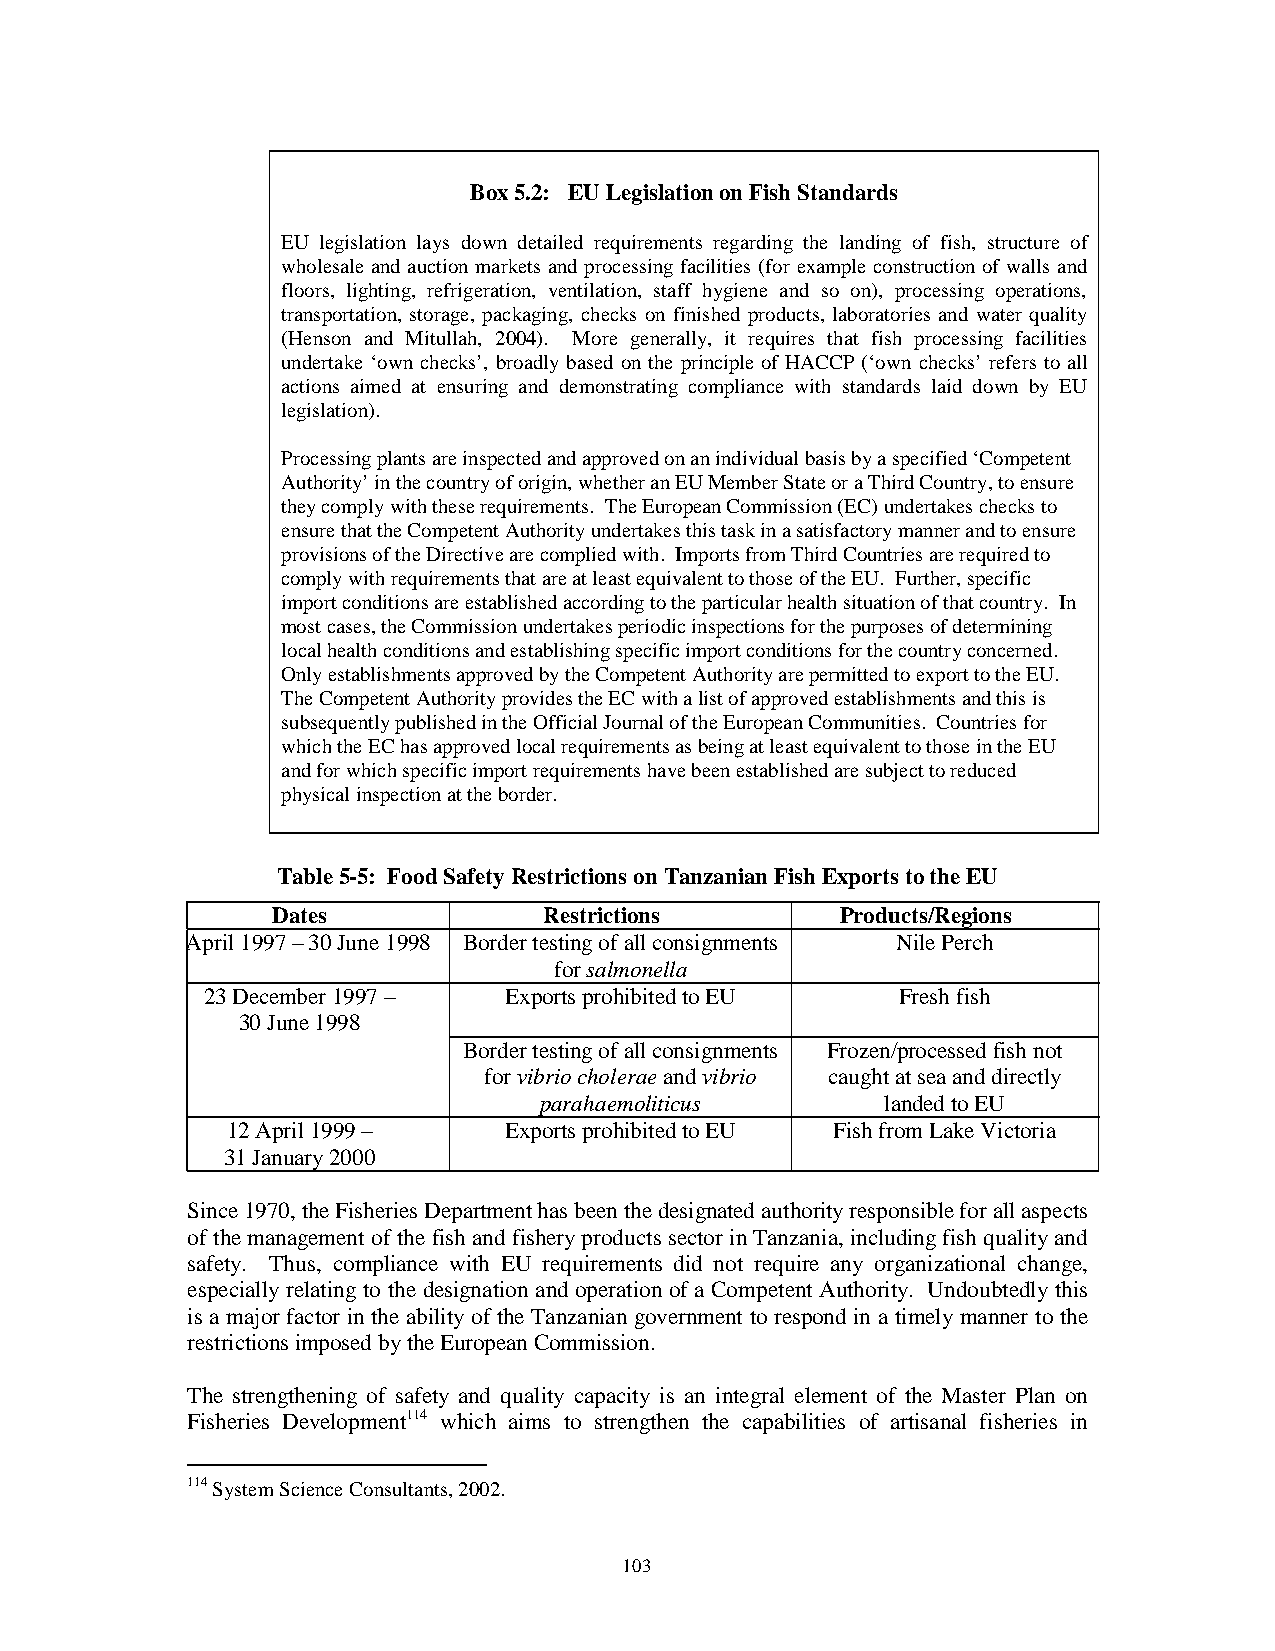
Box 5.2: EU Legislation on Fish Standards
 EU legislation lays down detailed requirements regarding the landing of fish, structure of
 wholesale and auction markets and processing facilities (for example construction of walls and
 floors, lighting, refrigeration, ventilation, staff hygiene and so on), processing operations,
 transportation, storage, packaging, checks on finished products, laboratories and water quality
 (Henson and Mitullah, 2004). More generally, it requires that fish processing facilities
 undertake ‘own checks’, broadly based on the principle of HACCP (‘own checks’ refers to all
 actions aimed at ensuring and demonstrating compliance with standards laid down by EU
 legislation).
 Processing plants are inspected and approved on an individual basis by a specified ‘Competent
 Authority’ in the country of origin, whether an EU Member State or a Third Country, to ensure
 they comply with these requirements. The European Commission (EC) undertakes checks to
 ensure that the Competent Authority undertakes this task in a satisfactory manner and to ensure
 provisions of the Directive are complied with. Imports from Third Countries are required to
 comply with requirements that are at least equivalent to those of the EU. Further, specific
 import conditions are established according to the particular health situation of that country. In
 most cases, the Commission undertakes periodic inspections for the purposes of determining
 local health conditions and establishing specific import conditions for the country concerned.
 Only establishments approved by the Competent Authority are permitted to export to the EU.
 The Competent Authority provides the EC with a list of approved establishments and this is
 subsequently published in the Official Journal of the European Communities. Countries for
 which the EC has approved local requirements as being at least equivalent to those in the EU
 and for which specific import requirements have been established are subject to reduced
 physical inspection at the border.
 Table 5-5: Food Safety Restrictions on Tanzanian Fish Exports to the EU
 Dates             Restrictions        Products/Regions
 4 April 1997 – 30 June 1998 Border testing of all consignments Nile Perch
 for salmonella
 23 December 1997 – Exports prohibited to EU   Fresh fish
 30 June 1998
 Border testing of all consignments Frozen/processed fish not
 for vibrio cholerae and vibrio caught at sea and directly
 parahaemoliticus       landed to EU
 12 April 1999 –   Exports prohibited to EU Fish from Lake Victoria
 31 January 2000
 Since 1970, the Fisheries Department has been the designated authority responsible for all aspects
 of the management of the fish and fishery products sector in Tanzania, including fish quality and
 safety. Thus, compliance with EU requirements did not require any organizational change,
 especially relating to the designation and operation of a Competent Authority. Undoubtedly this
 is a major factor in the ability of the Tanzanian government to respond in a timely manner to the
 restrictions imposed by the European Commission.
 The strengthening of safety and quality capacity is an integral element of the Master Plan on
 Fisheries Development114 which aims to strengthen the capabilities of artisanal fisheries in
 114 System Science Consultants, 2002.
 103